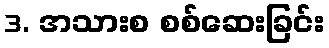
3. အသားစ စစ်ဆေးခြင်း